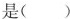
是()